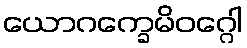
ယောဂက္ခေမိဝဂ္ဂေါ